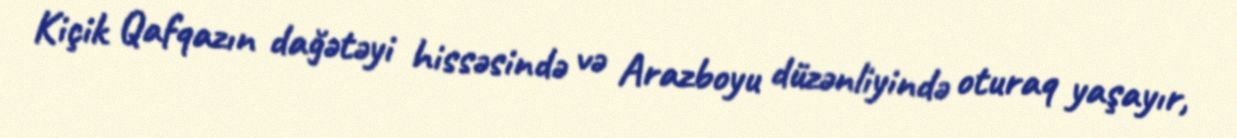
Kiçik Qafqazın dağətəyi hissəsində və Arazboyu düzənliyində oturaq yaşayır,